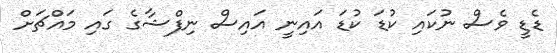
ޑެޑީ ވެސް ނުކައި ކުޑަ ކުޑަ އައިނީ އައިސް ނިފްޝާގެ ގައި މައްޗަށް